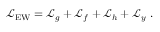
{ \mathcal { L } } _ { \mathrm { E W } } = { \mathcal { L } } _ { g } + { \mathcal { L } } _ { f } + { \mathcal { L } } _ { h } + { \mathcal { L } } _ { y } ~ .